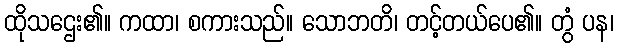
ထိုသဌေး၏။ ကထာ၊ စကားသည်။ သောဘတိ၊ တင့်တယ်ပေ၏။ တွံ ပန၊